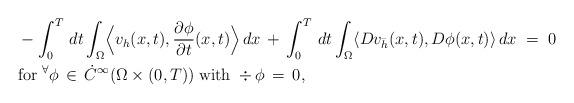
LaTeX: \begin{align*}&- \int_0^T \, dt \int_\Omega \Bigl\langle v_h (x,t), \frac {\partial \phi}{\partial t} (x,t) \Bigr\rangle \, dx\, + \, \int_0^T \, dt \int_\Omega \langle D v_{\bar{h}} (x,t), D \phi (x,t) \rangle \, dx\; = \; 0\\&\mathrm{for} \; ^\forall \phi \, \in \, \dot{C}^\infty (\Omega\times(0,T)) \; \mathrm{with} \; \div \phi \, = \, 0,\end{align*}